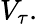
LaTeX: V_{\tau}.